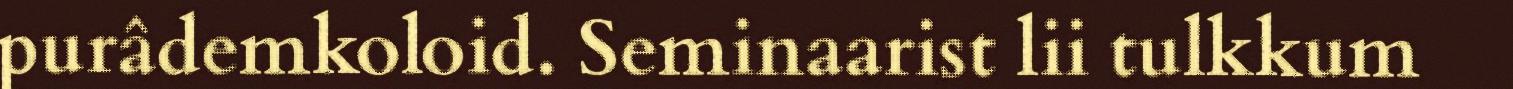
purâdemkoloid. Seminaarist lii tulkkum